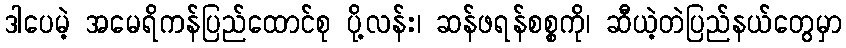
ဒါပေမဲ့ အမေရိကန်ပြည်ထောင်စု ပို့လန်း၊ ဆန်ဖရန်စစ္စကို၊ ဆီယဲ့တဲပြည်နယ်တွေမှာ